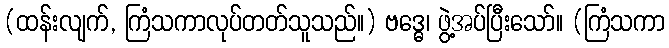
(ထန်းလျက်, ကြံသကာလုပ်တတ်သူသည်။) ဗဒ္ဓေ၊ ဖွဲ့အပ်ပြီးသော်။ (ကြံသကာ